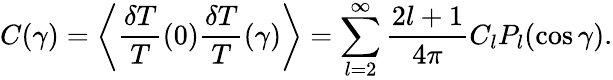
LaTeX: C(\gamma)=\left\langle\frac{\delta T}{T}(0)\frac{\delta T}{T}(\gamma)\right\rangle=\sum_{l=2}^{\infty}\frac{2l+1}{4\pi}C_{l}P_{l}(\cos\gamma).